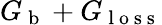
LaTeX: G_{\mathrm{~b~}}+G_{\mathrm{~l~o~s~s~}}